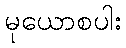
မုယောစပါး